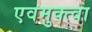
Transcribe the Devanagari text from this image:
एवमुक्त्वा